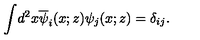
\int \! d ^ { 2 } x \overline { { \psi } } _ { i } ( x ; z ) \psi _ { j } ( x ; z ) = \delta _ { i j } .